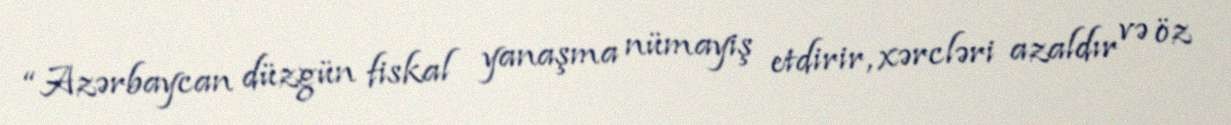
“Azərbaycan düzgün fiskal yanaşma nümayiş etdirir, xərcləri azaldır və öz